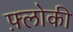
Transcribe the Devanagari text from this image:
फ़्लोकी